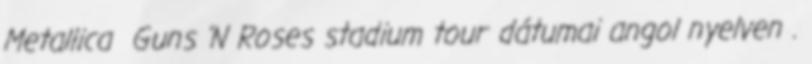
Metallica Guns 'N Roses stadium tour dátumai angol nyelven .